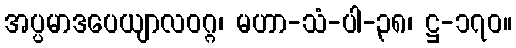
အပ္ပမာဒပေယျာလဝဂ္ဂ၊ မဟာ-သံ-ပါ-၃၈၊ ဋ္ဌ-၁၇၀။